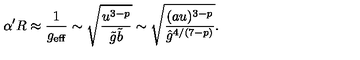
\alpha ^ { \prime } R \approx \frac { 1 } { g _ { \mathrm { e f f } } } \sim \sqrt { \frac { u ^ { 3 - p } } { \tilde { g } \tilde { b } } } \sim \sqrt { \frac { ( a u ) ^ { 3 - p } } { { \hat { g } } ^ { 4 / ( 7 - p ) } } } .